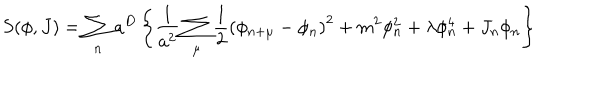
S ( \phi , J ) = \sum _ { n } a ^ { D } \left\{ \frac { 1 } { a ^ { 2 } } \sum _ { \mu } \frac { 1 } { 2 } \left( \phi _ { n + \mu } - \phi _ { n } \right) ^ { 2 } + m ^ { 2 } \phi _ { n } ^ { 2 } + \lambda \phi _ { n } ^ { 4 } + J _ { n } \phi _ { n } \right\}